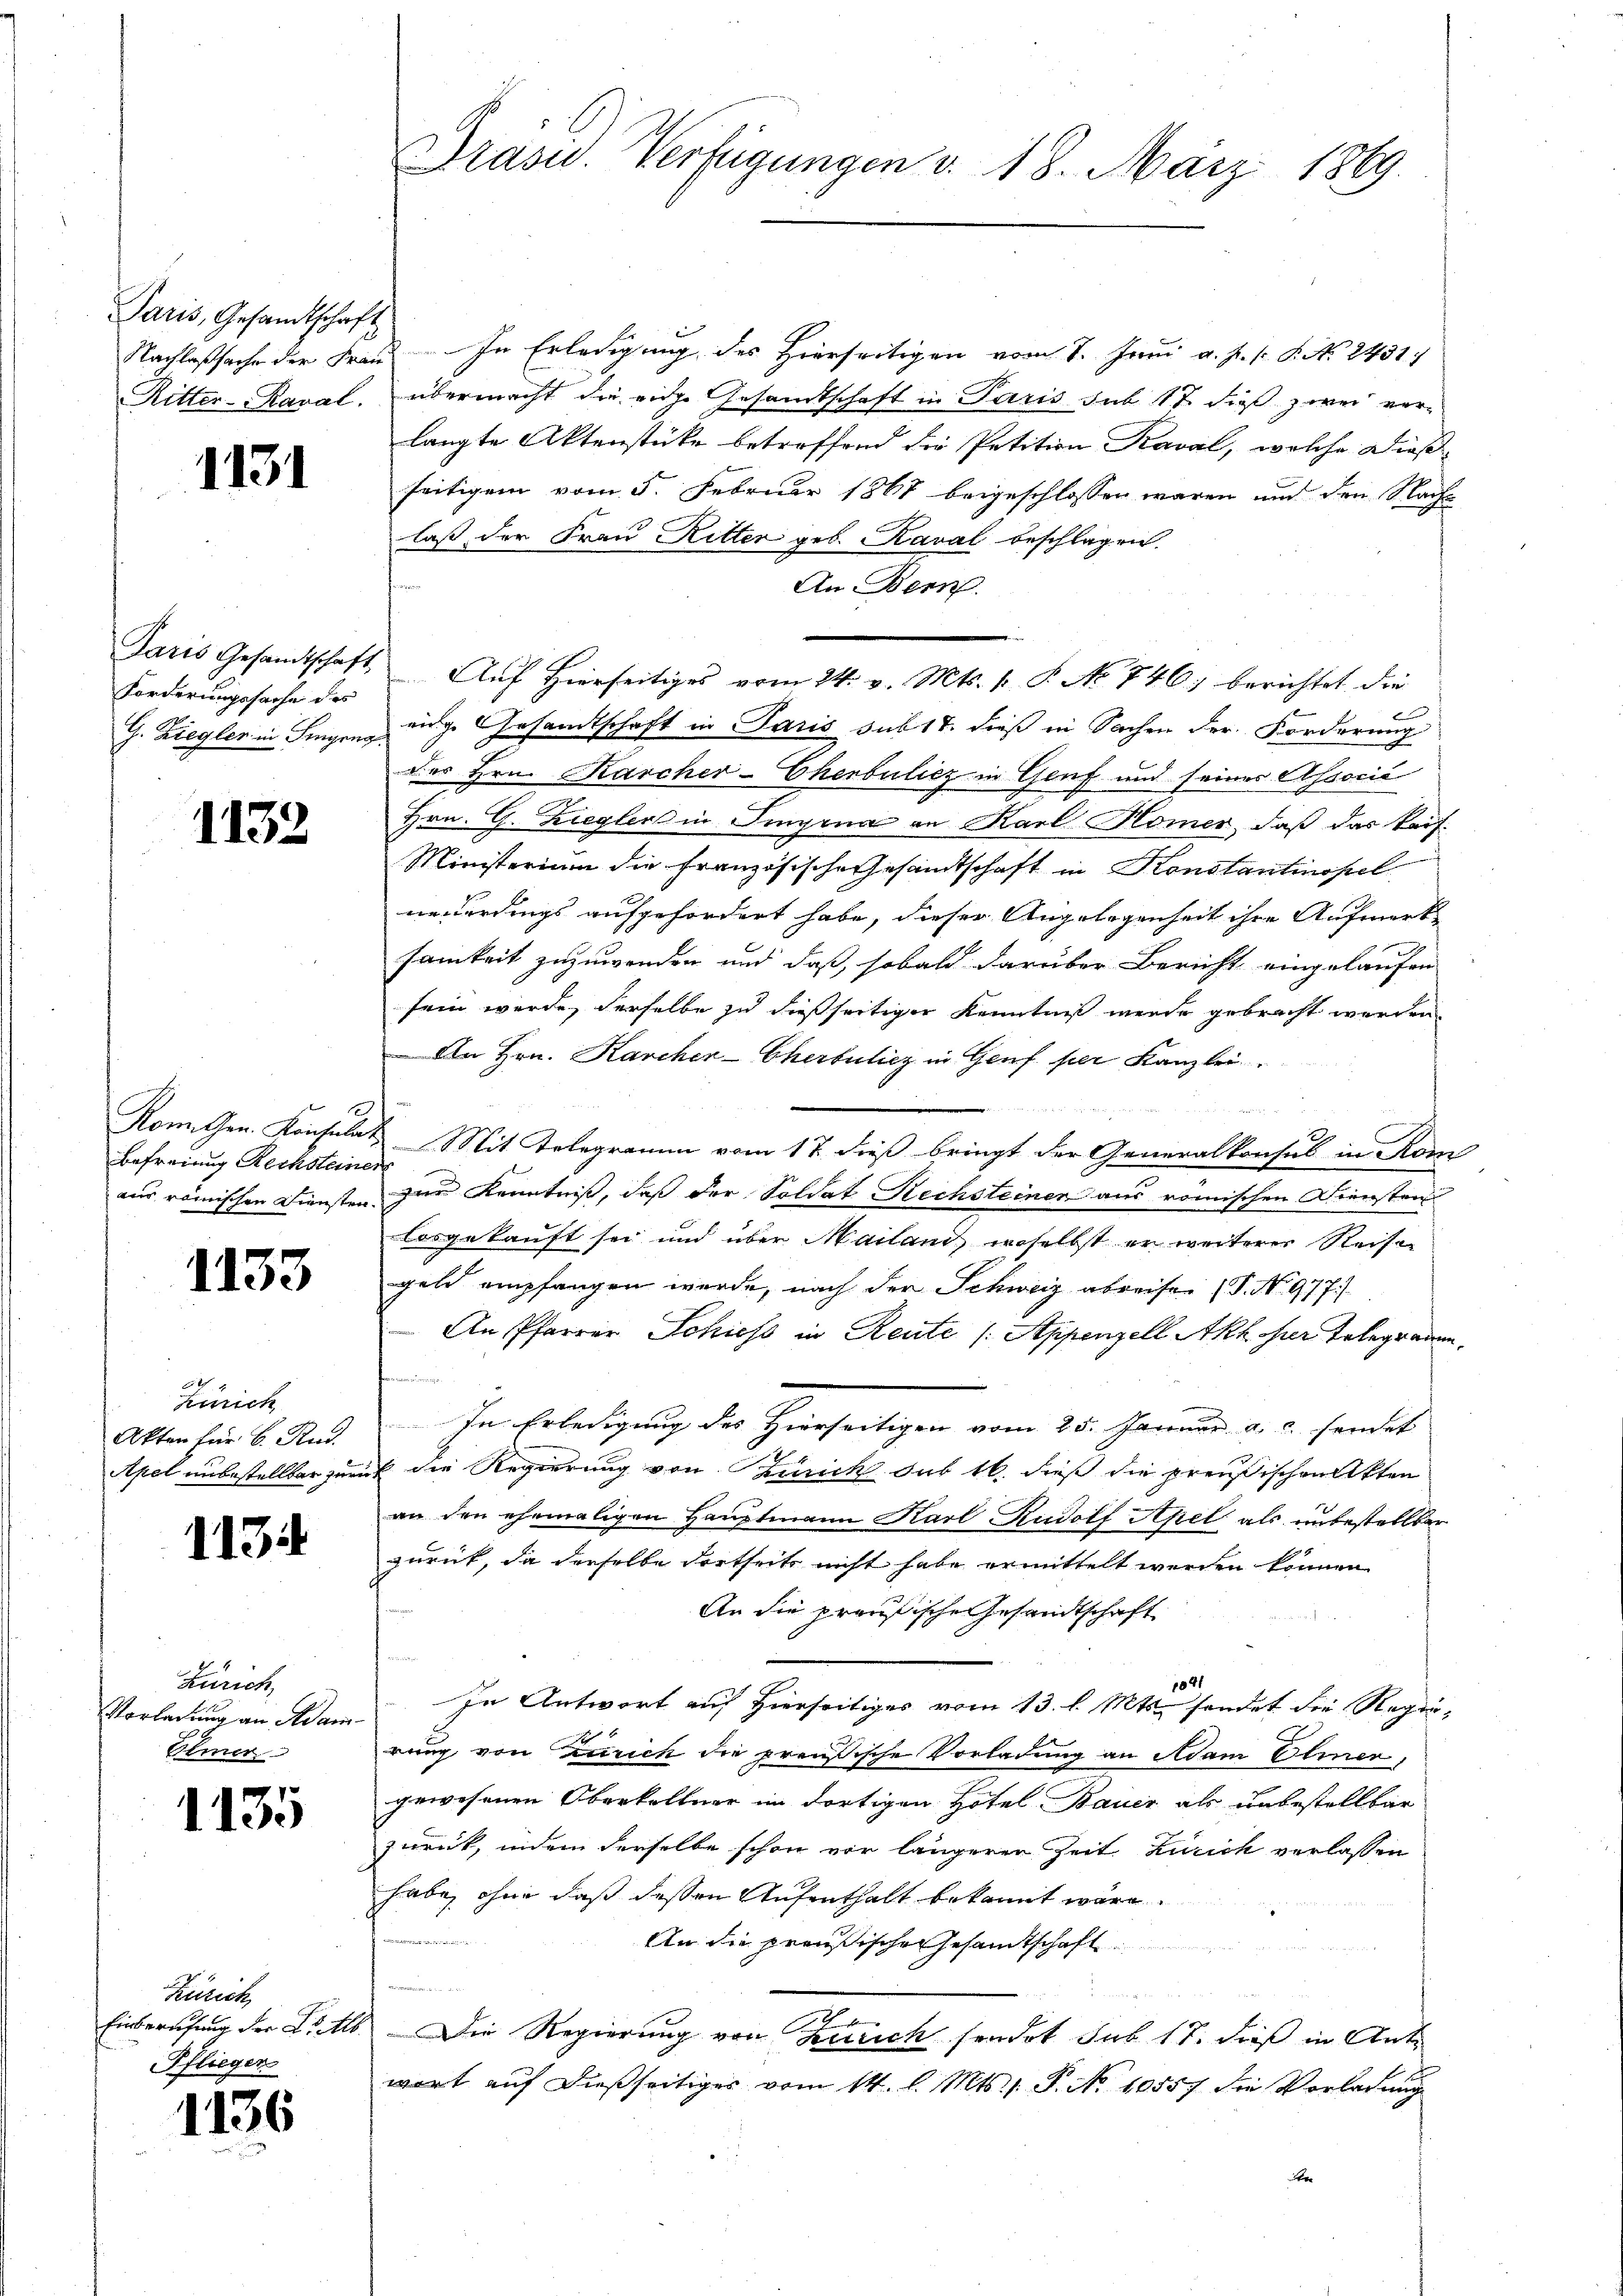
Paris, Gesandtschaft

1131

Forderungssache des
G. Ziegler in Fingeng

1132

e
Befreiung Rechsteinen

1133

34. 4
Zürich
Akten für 6. Rud.
Apel unbestellbar zur

1134

Lanck
Vorladung an Adam¬
Bemer

1135

Zürich
Einberufung der Leitlo
Pfliegen

1136

Drasw. Verfügungen v. 18. März 1869.

Nachlaßsache der Frau. In Erledigung des Hierseitigen vom 7. Juni a. p. 1. P. Nr. 2431
Ritter-Kaval, übermacht die eige Gesandtschaft in Paris sub 17 dieß zwei ver-
langte Aktenstücke betreffend die Petition Kaval, welche Dießseitigem vom 5. Februar 1867 beigeschlossen waren und den Nacht
laß der Frau Ritter geb. Kaval beschlagen.
An Bern.
Paris Gesamtschaft. Aŭf Hierseitiges vom 24. v. Mts. v. P. No 746. berichtet die
eige Gesandtschaft in Paris sub 17. dieß in Sachen der Forderung
des Hrn. Karcher-Chenbulicz in Genf und seiner Associé
Hrn. G. Zieglers in Singena an Karl Homer, daß das Raif-
Ministerium die französische Gesandtschaft in Konstantinopel
neuerdings aufgefordert habe, dieser Angelegenheit ihre Aufmerk
samkeit zuzuwenden und daß, sobald darüber Bericht eingelaufen
sein werde, derselbe zu dießseitiger Kenntniß werde gebracht werden
An Hrn. Karchen-Cherbulicz in Genf per Kanzlei
Komithen Konsulat Mit Telegramm vom 17. dieß bringt der Generalkonsul in Rom
aus römischen Diensten zur Kenntniß, daß der Soldat Rechsteiner aus römischen Diensten
losgekauft sei und über Mailand, woselbst er weiterer Reise
geld empfangen werde, nach der Schweiz abreisen (T. No. 977.)
An Pfarrer Schiess in Reute (Appenzell Akh per Telegrauen,
i
In Erledigung des Hierseitigen vom 25. Januar a. c. sendet |
ic die Regierung von Zürich sub 16. dieß die preußischen Akten
an den ehemaligen Hauptmann Karl Rudolf Apel als unbestellter
zurück, da derselbe dortheits nicht habe ermittelt werden können.
An die preußische Gesandtschaft
1041
In Antwort auf Hierseitiges vom 13. l. Mts. sendet die Regie¬
4 f 4
rung von zurich die preußische Vorladung an Adam Eliner,
gewesenen Oberkellner im dortigen Hotel Bauer als unbestellbar
zurück, indem derselbe schon vor längerer Zeit Zürich verlassen
habe, ohne daß dessen Aufenthalt bekannt wäre.
An die preußische Gesandtschaft
 Die Regierung von Zürich sendet sub 17. dieß in Antr
wort auf dießseitiger vom 14. l. Mts. 1. P. No 10557 die Vorladung
e